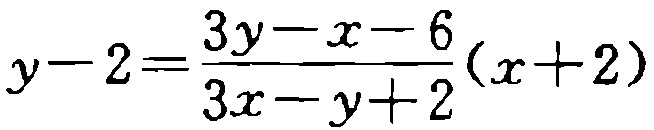
\(y - 2 = \frac{3y - x - 6}{3x - y + 2}(x + 2)\)